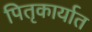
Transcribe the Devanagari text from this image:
पितृकार्यात